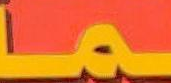
ــما